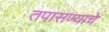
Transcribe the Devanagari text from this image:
तपासण्याचे